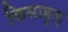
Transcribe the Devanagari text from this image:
किसाङुल्